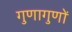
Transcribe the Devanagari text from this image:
गुणागुणों